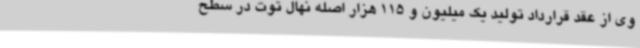
وی از عقد قرارداد تولید یک میلیون و 115 هزار اصله نهال توت در سطح